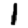
Digit: 1